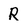
Character: R